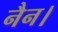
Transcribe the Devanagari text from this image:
नैन।